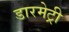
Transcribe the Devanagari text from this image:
डारमेट्री